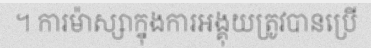
។ ការម៉ាស្សាក្នុងការអង្គុយត្រូវបានប្រើ